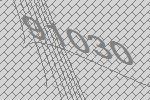
91030